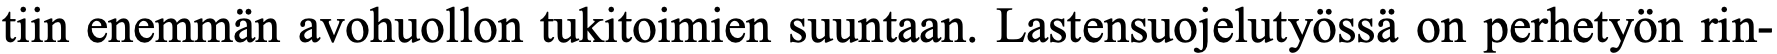
tiin enemmän avohuollon tukitoimien suuntaan. Lastensuojelutyössä on perhetyön rin-